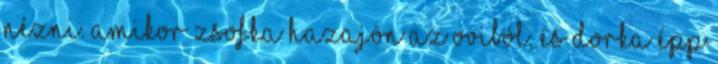
nézni. Amikor Zsofka hazajön az oviból, és Dorka épp